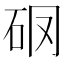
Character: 𥐼